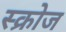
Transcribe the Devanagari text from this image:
स्क्रोज